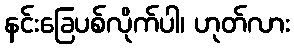
နင်းခြေပစ်လိုက်ပါ၊ ဟုတ်လား